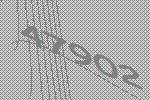
47902